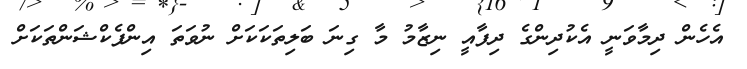
އެހެން ދިމާވަނީ އެކުދިންގެ ދިފާއީ ނިޒާމު މާ ގިނަ ބަލިތަކަކަށް ނުވަތަ އިންފެކްޝަންތަކަށް